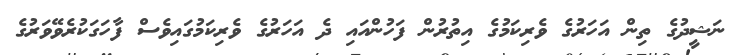
ނަޝީދުގެ ތިން އަހަރުގެ ވެރިކަމުގެ އިތުރުން ފަހުންއައި ދެ އަހަރުގެ ވެރިކަމުގައިވެސް ފާހަގަކުރެވޭވަރުގެ